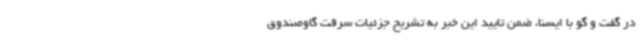
در گفت و گو با ایسنا، ضمن تایید این خبر به تشریح جزئیات سرقت گاوصندوق